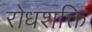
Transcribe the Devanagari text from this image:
रोधशक्ति